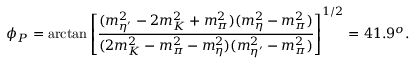
\phi _ { P } = \arctan \left[ \frac { ( m _ { \eta ^ { \prime } } ^ { 2 } - 2 m _ { K } ^ { 2 } + m _ { \pi } ^ { 2 } ) ( m _ { \eta } ^ { 2 } - m _ { \pi } ^ { 2 } ) } { ( 2 m _ { K } ^ { 2 } - m _ { \pi } ^ { 2 } - m _ { \eta } ^ { 2 } ) ( m _ { \eta ^ { \prime } } ^ { 2 } - m _ { \pi } ^ { 2 } ) } \right] ^ { 1 / 2 } = 4 1 . 9 ^ { o } .